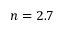
n = 2 . 7